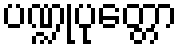
ပဏ္ဍုပုတ္တော